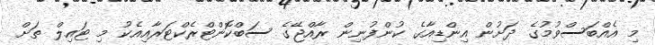
މި އެއްބަސްވުމުގެ ދަށުން އިންޑިއާގެ ކުންފުނިން ރާއްޖޭގެ ސަބްކޮންޓްރެކްޓަރާއިއެކު މި ޓައިލް ތަށް